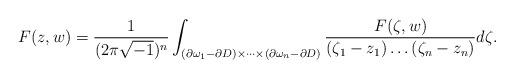
LaTeX: \begin{align*}F(z,w) = \frac{1}{(2\pi\sqrt{-1})^n}\int_{(\partial \omega_1 - \partial D) \times \dots \times(\partial \omega_n - \partial D)}\frac{F(\zeta,w)}{(\zeta_1 - z_1)\dots(\zeta_n - z_n)} d\zeta.\end{align*}